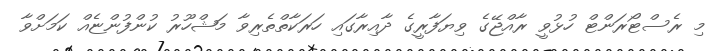
މި ރެސްޓޯރަންޓް ހުޅުވީ ރާއްޖޭގެ ވިޔަފާރީގެ ދާއިރާގައި ހަރަކާތްތެރިވާ މަޝްހޫރު ކުންފުންޏެއް ކަމަށްވާ